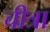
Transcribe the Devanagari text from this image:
चीत्रा